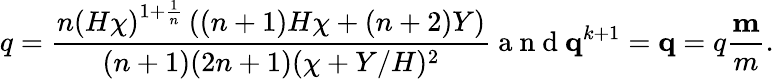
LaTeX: q=\frac{\displaystyle{n\left(H\chi\right)^{1+\frac{1}{n}}\left((n+1)H\chi+(n+2)Y\right)}}{(n+1)(2n+1)(\chi+Y/H)^{2}}\mathrm{~a~n~d~}\mathbf{q}^{k+1}=\mathbf{q}=q\frac{\mathbf{m}}{m}.